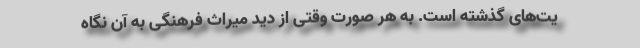
یت‌های گذشته است. به هر صورت وقتی از دید میراث فرهنگی به آن نگاه